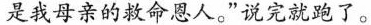
是我母亲的救命恩人。”说完就跑了。